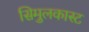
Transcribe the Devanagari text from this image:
सिमुलकास्ट